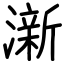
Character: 澵